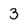
Character: 3